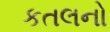
કતલનો